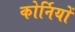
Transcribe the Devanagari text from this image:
कोर्नियों